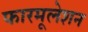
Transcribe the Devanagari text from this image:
फारमूलेशन